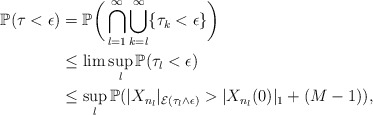
\begin{align*} \mathbb{P}(\tau < \epsilon) &= \mathbb{P}\bigg( \bigcap_{l=1}^{\infty} \bigcup_{k=l}^\infty \{ \tau_k < \epsilon \} \bigg)\\ &\leq \lim\sup_l \mathbb{P}(\tau_l < \epsilon)\\ &\leq \sup_l \mathbb{P}( |X_{n_l}|_{\mathcal{E}(\tau_l \wedge \epsilon)} > | X_{n_l}(0) |_1 + (M-1) ),\end{align*}